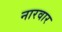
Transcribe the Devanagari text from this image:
नारवार